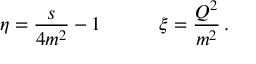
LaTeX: \eta = \frac { s } { 4 m ^ { 2 } } - 1 \quad \qquad \xi = \frac { Q ^ { 2 } } { m ^ { 2 } } \, .